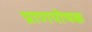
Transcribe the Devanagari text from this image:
प्राणपोषक